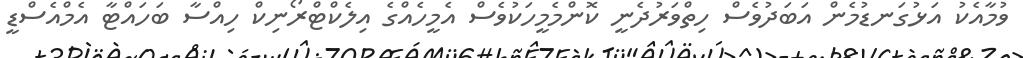
ވުމާއެކު އަޅުގަނޑުމެން އަބަދުވެސް ހިތްވަރުދެނީ ކޮންމެމީހަކުވެސް އެމީހެއްގެ އިލެކްޓްރޯނިކް ހިއްސާ ބަހައްޓާ އެމްއެސްޑީ